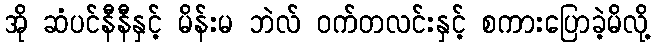
အို ဆံပင်နီနီနှင့် မိန်းမ ဘဲလ် ဝက်တလင်းနှင့် စကားပြောခဲ့မိလို့